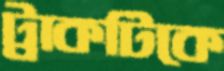
ট্রাকটিকে